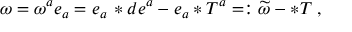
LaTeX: \omega = \omega ^ { a } e _ { a } = e _ { a } \, \ast d e ^ { a } - e _ { a } \ast T ^ { a } = : \widetilde { \omega } - \ast T \; ,